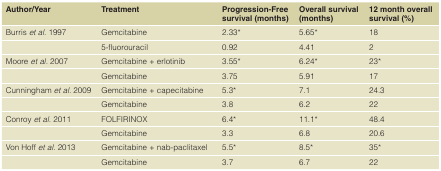
<table><thead><tr><td><b>Author/Year</b></td><td><b>Treatment</b></td><td><b>Progression-Free survival (months)</b></td><td><b>Overall survival (months)</b></td><td><b>12 month overall survival (%)</b></td></tr></thead><tbody><tr><td>Burris<i>et al</i>. 1997</td><td>Gemcitabine</td><td>2.33*</td><td>5.65*</td><td>18</td></tr><tr><td></td><td>5-fluorouracil</td><td>0.92</td><td>4.41</td><td>2</td></tr><tr><td>Moore<i>et al</i>. 2007</td><td>Gemcitabine + erlotinib</td><td>3.55*</td><td>6.24*</td><td>23*</td></tr><tr><td></td><td>Gemcitabine</td><td>3.75</td><td>5.91</td><td>17</td></tr><tr><td>Cunningham<i>et al</i>. 2009</td><td>Gemcitabine + capecitabine</td><td>5.3*</td><td>7.1</td><td>24.3</td></tr><tr><td></td><td>Gemcitabine</td><td>3.8</td><td>6.2</td><td>22</td></tr><tr><td>Conroy<i>et al</i>. 2011</td><td>FOLFIRINOX</td><td>6.4*</td><td>11.1*</td><td>48.4</td></tr><tr><td></td><td>Gemcitabine</td><td>3.3</td><td>6.8</td><td>20.6</td></tr><tr><td>Von Hoff<i>et al</i>. 2013</td><td>Gemcitabine + nab-paclitaxel</td><td>5.5*</td><td>8.5*</td><td>35*</td></tr><tr><td></td><td>Gemcitabine</td><td>3.7</td><td>6.7</td><td>22</td></tr></tbody></table>